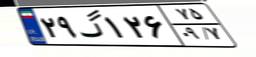
۰۶گ۹۸۴۷۳